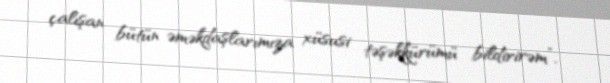
çalışan bütün əməkdaşlarımıza xüsusi təşəkkürümü bildirirəm”.